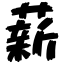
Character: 薪